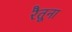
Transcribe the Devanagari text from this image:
रैतूना